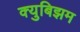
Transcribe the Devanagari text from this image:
क्युबिझम